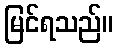
မြင်ရသည်။